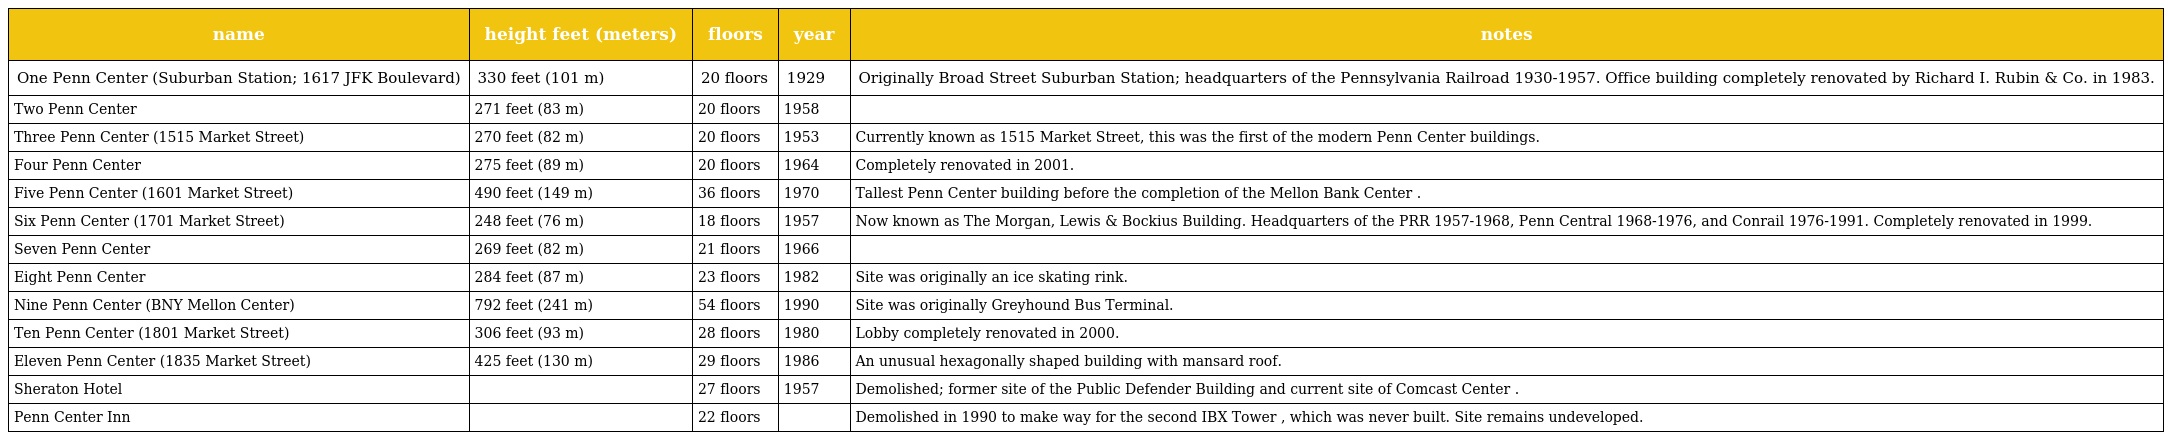
| name | height feet (meters) | floors | year | notes |
 | --- | --- | --- | --- | --- |
 | One Penn Center (Suburban Station; 1617 JFK Boulevard) | 330 feet (101 m) | 20 floors | 1929 | Originally Broad Street Suburban Station; headquarters of the Pennsylvania Railroad 1930-1957. Office building completely renovated by Richard I. Rubin & Co. in 1983. |
 | Two Penn Center | 271 feet (83 m) | 20 floors | 1958 |  |
 | Three Penn Center (1515 Market Street) | 270 feet (82 m) | 20 floors | 1953 | Currently known as 1515 Market Street, this was the first of the modern Penn Center buildings. |
 | Four Penn Center | 275 feet (89 m) | 20 floors | 1964 | Completely renovated in 2001. |
 | Five Penn Center (1601 Market Street) | 490 feet (149 m) | 36 floors | 1970 | Tallest Penn Center building before the completion of the Mellon Bank Center . |
 | Six Penn Center (1701 Market Street) | 248 feet (76 m) | 18 floors | 1957 | Now known as The Morgan, Lewis & Bockius Building. Headquarters of the PRR 1957-1968, Penn Central 1968-1976, and Conrail 1976-1991. Completely renovated in 1999. |
 | Seven Penn Center | 269 feet (82 m) | 21 floors | 1966 |  |
 | Eight Penn Center | 284 feet (87 m) | 23 floors | 1982 | Site was originally an ice skating rink. |
 | Nine Penn Center (BNY Mellon Center) | 792 feet (241 m) | 54 floors | 1990 | Site was originally Greyhound Bus Terminal. |
 | Ten Penn Center (1801 Market Street) | 306 feet (93 m) | 28 floors | 1980 | Lobby completely renovated in 2000. |
 | Eleven Penn Center (1835 Market Street) | 425 feet (130 m) | 29 floors | 1986 | An unusual hexagonally shaped building with mansard roof. |
 | Sheraton Hotel |  | 27 floors | 1957 | Demolished; former site of the Public Defender Building and current site of Comcast Center . |
 | Penn Center Inn |  | 22 floors |  | Demolished in 1990 to make way for the second IBX Tower , which was never built. Site remains undeveloped. |